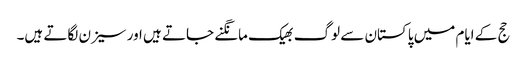
حج کے ایام میں پاکستان سے لوگ بھیک مانگنے جاتے ہیں اور سیزن لگاتے ہیں۔